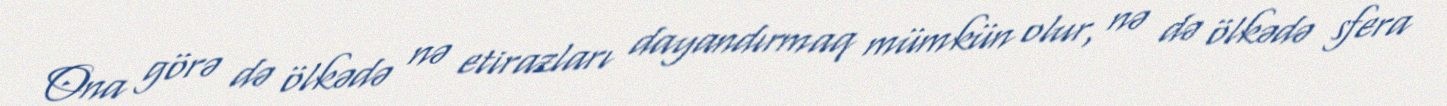
Ona görə də ölkədə nə etirazları dayandırmaq mümkün olur, nə də ölkədə sfera